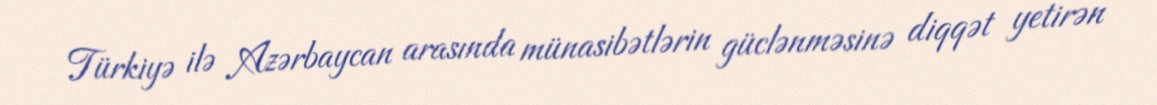
Türkiyə ilə Azərbaycan arasında münasibətlərin güclənməsinə diqqət yetirən